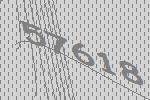
57618